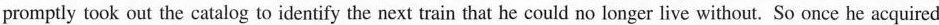
promptly took out the catalog to identify the next train that he could no longer live without. So once he acquired